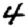
Digit: 4